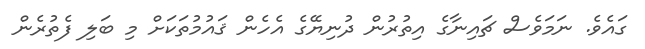
ގައެވެ. ނަމަވެސް ޗައިނާގެ އިތުރުން ދުނިޔޭގެ އެހެން ޤައުމުތަކަށް މި ބަލި ފެތުރެން